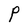
Character: P